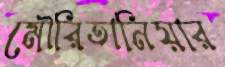
মৌরিতানিয়ার